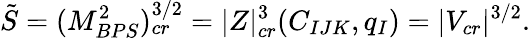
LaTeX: \tilde{S}=(M_{BPS}^{2})_{cr}^{3/2}=|Z|_{cr}^{3}(C_{IJK},q_{I})=|V_{cr}|^{3/2}.